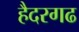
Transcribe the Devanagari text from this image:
हैदरगढ